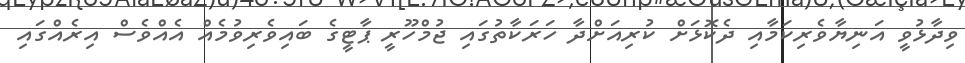
ވިދާޅުވީ އަނިޔާވެރިކަމާއި ދެކޮޅަށް ކުރިއަށްދާ ހަރަކާތުގައި ޖުމްހޫރީ ޕާޓީގެ ބައިވެރިވުމެއް އެއްވެސް އިރެއްގައި